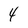
Character: 4